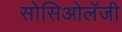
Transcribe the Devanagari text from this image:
सोसिओलॅजी